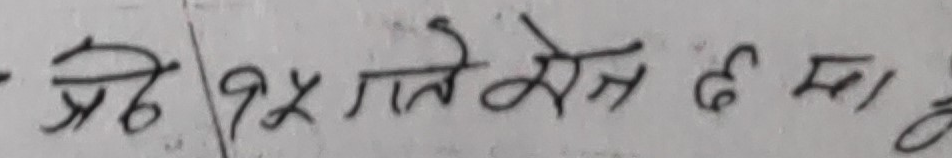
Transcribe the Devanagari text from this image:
अठ/१५ गते सम्म ६ मा